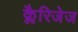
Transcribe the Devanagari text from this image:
क्लैरिजेज